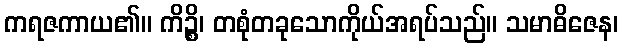
ကရဇကာယ၏။ ကိဉ္စိ၊ တစုံတခုသောကိုယ်အရပ်သည်။ သမာဓိဇေန၊